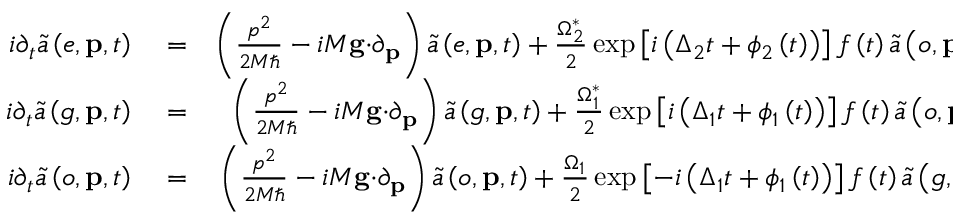
\begin{array} { r l r } { i \partial _ { t } \tilde { a } \left( e , \mathbf { p } , t \right) } & { { } = } & { \left( \frac { p ^ { 2 } } { 2 M \hbar } - i M \mathbf { g \cdot } \partial _ { \mathbf { p } } \right) \tilde { a } \left( e , \mathbf { p } , t \right) + \frac { \Omega _ { 2 } ^ { \ast } } { 2 } \exp \left[ i \left( \Delta _ { 2 } t + \phi _ { 2 } \left( t \right) \right) \right] f \left( t \right) \tilde { a } \left( o , \mathbf { p } + \hbar \mathbf { q } _ { 2 } , t \right) , } \\ { i \partial _ { t } \tilde { a } \left( g , \mathbf { p } , t \right) } & { { } = } & { \left( \frac { p ^ { 2 } } { 2 M \hbar } - i M \mathbf { g \cdot } \partial _ { \mathbf { p } } \right) \tilde { a } \left( g , \mathbf { p } , t \right) + \frac { \Omega _ { 1 } ^ { \ast } } { 2 } \exp \left[ i \left( \Delta _ { 1 } t + \phi _ { 1 } \left( t \right) \right) \right] f \left( t \right) \tilde { a } \left( o , \mathbf { p } + \hbar \mathbf { q } _ { 1 } , t \right) , } \\ { i \partial _ { t } \tilde { a } \left( o , \mathbf { p } , t \right) } & { { } = } & { \left( \frac { p ^ { 2 } } { 2 M \hbar } - i M \mathbf { g \cdot } \partial _ { \mathbf { p } } \right) \tilde { a } \left( o , \mathbf { p } , t \right) + \frac { \Omega _ { 1 } } { 2 } \exp \left[ - i \left( \Delta _ { 1 } t + \phi _ { 1 } \left( t \right) \right) \right] f \left( t \right) \tilde { a } \left( g , \mathbf { p } - \hbar \mathbf { q } _ { 1 } , t \right) } \end{array}